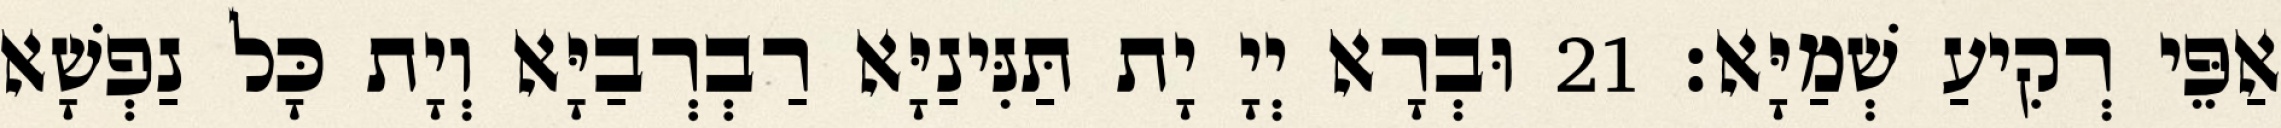
אַפֵּי רְקִיעַ שְׁמַיָּא׃ 21 וּבְרָא יְיָ יָת תַּנִּינַיָּא רַבְרְבַיָּא וְיָת כָּל נַפְשָׁא